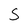
Character: S